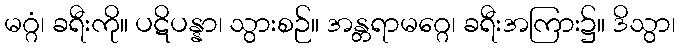
မဂ္ဂံ၊ ခရီးကို။ ပဋိပန္နာ၊ သွားစဉ်။ အန္တရာမဂ္ဂေ၊ ခရီးအကြား၌။ ဒိသွာ၊